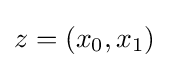
z=(x_{0},x_{1})